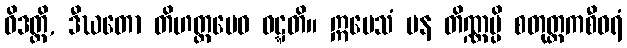
ဝိဒတ္ထိ, ဒီဃတော တိဟတ္ထမေဝ ဝဋ္ဋတိ။ ဣမေသံ ပန တိဏ္ဏမ္ပိ စတုတ္ထကစီဝရံ